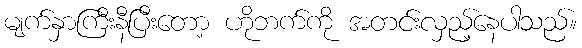
မျက်နှာကြီးနီပြီးတော့ ဟိုဘက်ကို အတင်းလှည့်နေပါသည်။